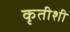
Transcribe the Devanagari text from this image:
कृतीशी